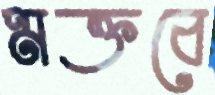
মক্তবে